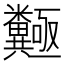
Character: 𱹩